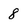
Character: 8